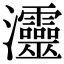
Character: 𤅷